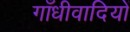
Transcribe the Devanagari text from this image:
गाँधीवादियों